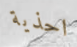
احذية